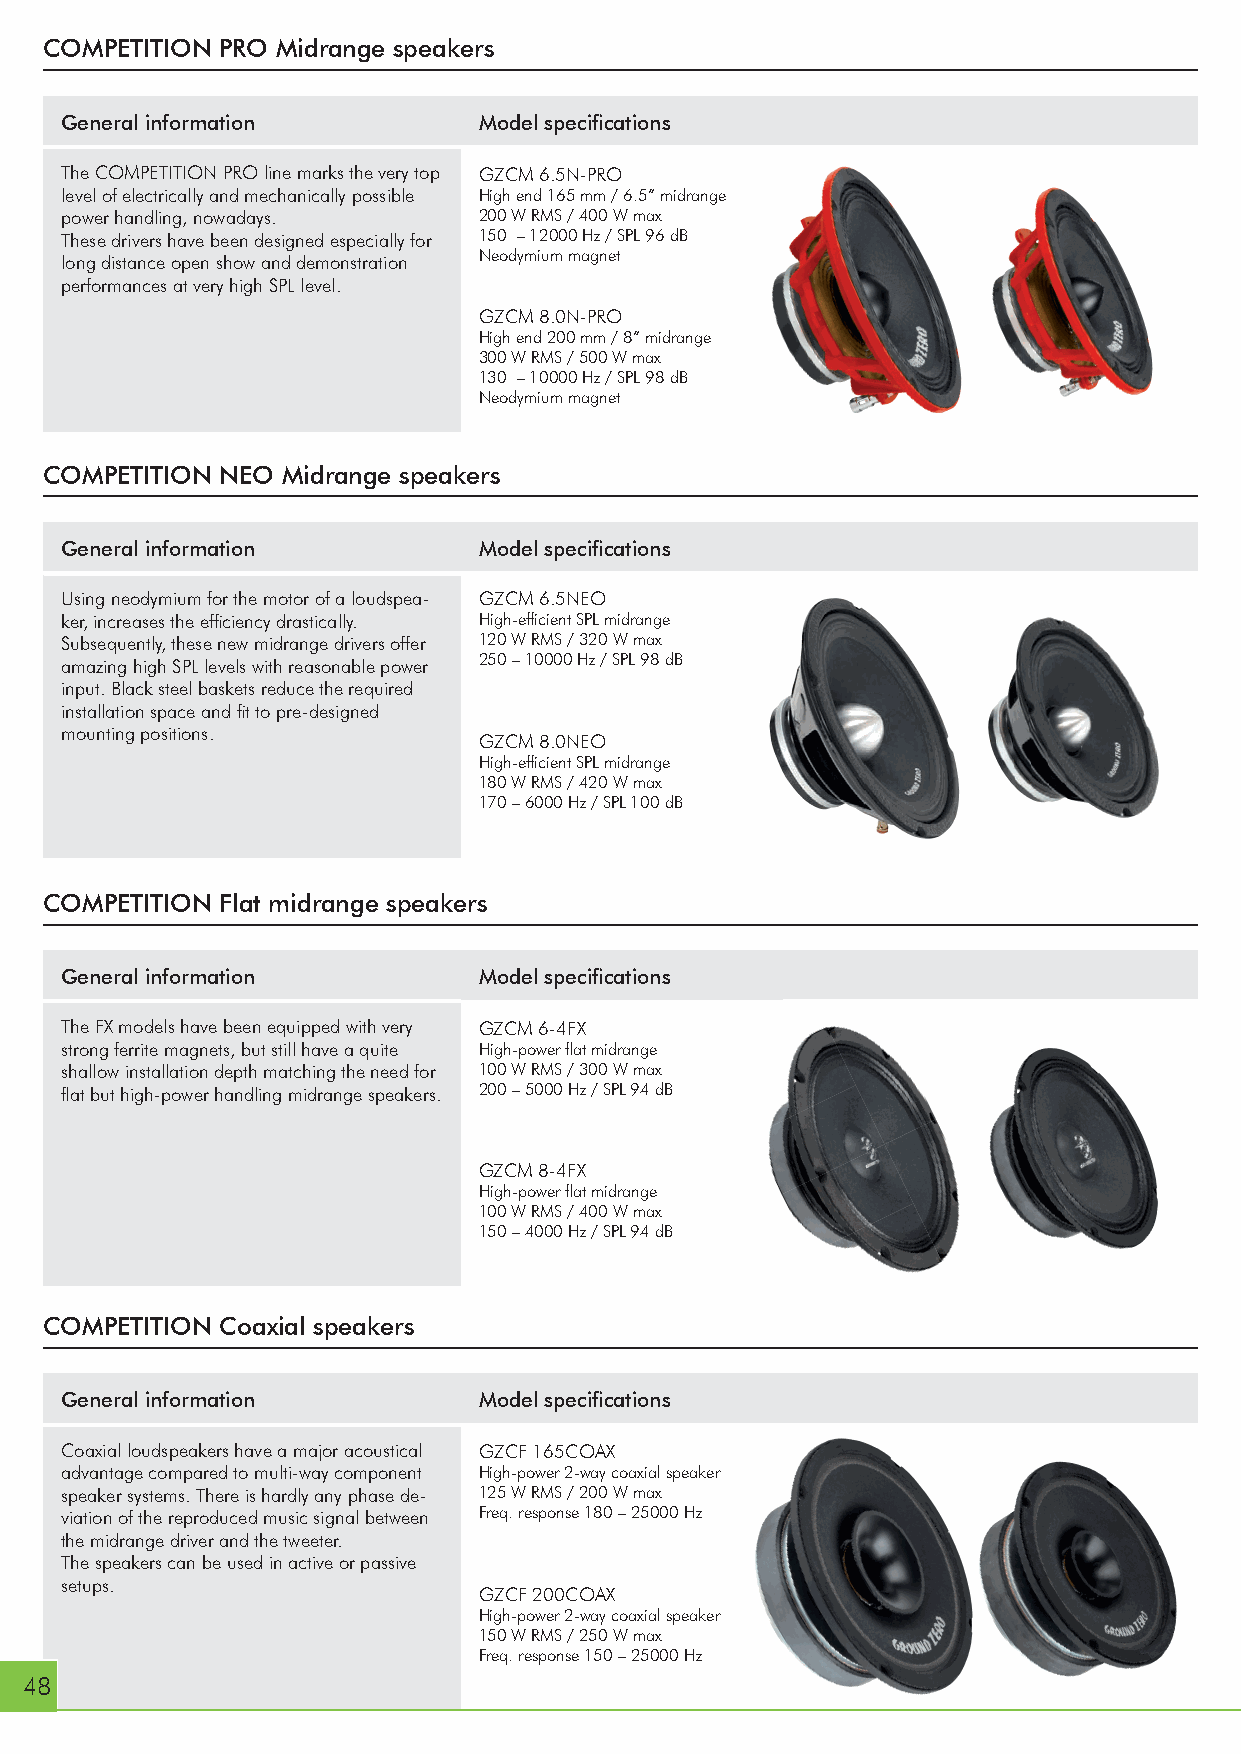
COMPETITION PRO Midrange speakers
 General information         Model specifi cations
 The COMPETITION PRO line marks the very top GZCM 6.5N-PRO
 level of electrically and mechanically possible High end 165 mm / 6.5” midrange
 power handling, nowadays.   200 W RMS / 400 W max
 These drivers have been designed especially for 150 – 12000 Hz / SPL 96 dB
 Neodymium magnet
 long distance open show and demonstration
 performances at very high SPL level.
 GZCM 8.0N-PRO
 High end 200 mm / 8” midrange
 300 W RMS / 500 W max
 130 – 10000 Hz / SPL 98 dB
 Neodymium magnet
 COMPETITION NEO Midrange speakers
 General information         Model specifi cations
 Using neodymium for the motor of a loudspea- GZCM 6.5NEO
 ker, increases the effi ciency drastically. High-effi cient SPL midrange
 Subsequently, these new midrange drivers offer 120 W RMS / 320 W max
 amazing high SPL levels with reasonable power 250 – 10000 Hz / SPL 98 dB
 input. Black steel baskets reduce the required
 installation space and fi t to pre-designed
 mounting positions.
 GZCM 8.0NEO
 High-effi cient SPL midrange
 180 W RMS / 420 W max
 170 – 6000 Hz / SPL 100 dB
 COMPETITION Flat midrange speakers
 General information         Model specifi cations
 The FX models have been equipped with very GZCM 6-4FX
 strong ferrite magnets, but still have a quite High-power fl at midrange
 shallow installation depth matching the need for 100 W RMS / 300 W max
 fl at but high-power handling midrange speakers. 200 – 5000 Hz / SPL 94 dB
 GZCM 8-4FX
 High-power fl at midrange
 100 W RMS / 400 W max
 150 – 4000 Hz / SPL 94 dB
 COMPETITION Coaxial speakers
 General information         Model specifi cations
 Coaxial loudspeakers have a major acoustical GZCF 165COAX
 advantage compared to multi-way component High-power 2-way coaxial speaker
 speaker systems. There is hardly any phase de- 125 W RMS / 200 W max
 viation of the reproduced music signal between Freq. response 180 – 25000 Hz
 the midrange driver and the tweeter.
 The speakers can be used in active or passive
 setups.
 GZCF 200COAX
 High-power 2-way coaxial speaker
 150 W RMS / 250 W max
 Freq. response 150 – 25000 Hz
 48